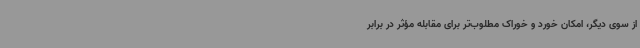
از سوی دیگر، امکان خورد و خوراک مطلوب‌تر برای مقابله مؤثر در برابر